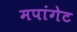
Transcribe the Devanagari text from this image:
मपांगेट